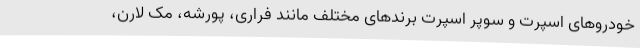
خودروهای اسپرت و سوپر اسپرت برندهای مختلف مانند فراری، پورشه، مک لارن،